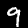
Label: 9